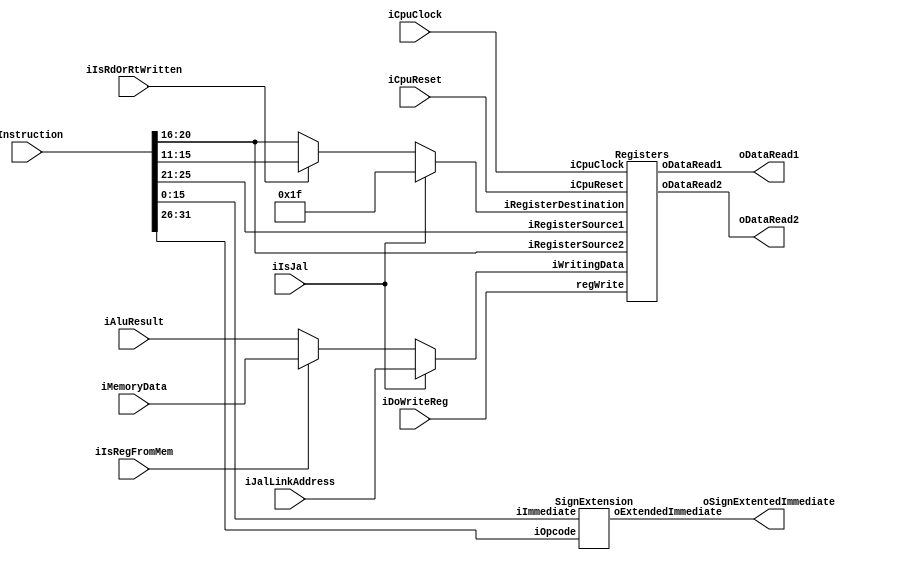
`timescale 1ns / 1ps
//////////////////////////////////////////////////////////////////////////////////
// Company: Southern University of Science and Technology 
// Engineer: 
// 
// Module Name: CPU_TOP
// Project Name: MIPS Single Cycle CPU
// Target Devices: Xilinx Board. Tested on MINISYS.
// Description: 
// 
//////////////////////////////////////////////////////////////////////////////////
module CpuDecoder(oDataRead1,oDataRead2,iInstruction,iMemoryData,iAluResult,
                 iIsJal,iDoWriteReg,iIsRegFromMem,iIsRdOrRtWritten,oSignExtentedImmediate,iCpuClock,iCpuReset,iJalLinkAddress);
    ////////////////  ////////////////
    output[31:0] oDataRead1;              // 
    output[31:0] oDataRead2;               // 
    input[31:0]  iInstruction;               // 
    input[31:0]  iMemoryData;   				//  DATA RAM or I/O port
    input[31:0]  iAluResult;   				// 
    input        iIsJal;                       //  JAL 
    input        iDoWriteReg;                  // , 
    input        iIsRegFromMem;              // 
    input        iIsRdOrRtWritten;                //rdrt
    output[31:0] oSignExtentedImmediate;               // 32
    input		 iCpuClock,iCpuReset;                // 
    input[31:0]  iJalLinkAddress;                 // JAL. PC plus 4
    ////////////////  ////////////////
    ////////////////  ////////////////
    wire [4:0] rs = iInstruction[25:21];
    wire [4:0] rt = iInstruction[20:16];
    wire [4:0] rd = iInstruction[15:11];
    wire [15:0] imm = iInstruction[15:0];
    ////////////////  ////////////////
    reg [4:0] dRegisterDestination; //
    reg [31:0] dWritingData; //
    always @(*) begin // 
        if (iIsJal) begin
            dRegisterDestination = 5'b11111; //31 ra
            dWritingData = iJalLinkAddress; // pc+4. ra
        end else begin
            dRegisterDestination = iIsRdOrRtWritten?rd:rt;
            dWritingData = iIsRegFromMem?iMemoryData:iAluResult;
        end
    end
    Registers dRegisters(iCpuClock, iCpuReset, rs, rt, 
    dRegisterDestination, dWritingData, 
    iDoWriteReg, oDataRead1, oDataRead2);
    ////////////////  ////////////////
    wire[5:0] opcode;                       // 
    assign opcode = iInstruction[31:26];	//OP
    SignExtension mSignExtension(opcode, imm, oSignExtentedImmediate);
endmodule

module SignExtension (
    input [5:0] iOpcode,
    input [15:0] iImmediate,
    output[31:0] oExtendedImmediate
);
    // assign oExtendedImmediate=iImmediate[15]?{16{1'b1}, iImmediate}:{16{1'b0}, iImmediate};
    //andi, ori xori  zeroExtensionI formatsignExtension
    // sltiu ALUsltiu
    //  32-ext(16) 
    // https://stackoverflow.com/questions/29284428/in-mips-when-to-use-a-signed-extend-when-to-use-a-zero-extend
    //  0013,4,5,6 
    // another question: LUI extensionALU
    // sign extension
    assign oExtendedImmediate=(6'b001100 == iOpcode || 6'b001101 == iOpcode ||
    6'b001110 == iOpcode|| 6'b001011==iOpcode)?{{16{1'b0}},iImmediate}:
    {{16{iImmediate[15]}}, iImmediate}; 
    //Veriloghttps://stackoverflow.com/questions/49539345/error-in-compilation-replication-operator-in-verilog
endmodule

module Registers(
    input iCpuClock,iCpuReset,               // 
    input [4:0] iRegisterSource1, //iRegisterSource1
    input [4:0] iRegisterSource2, //iRegisterSource2
    input [4:0] iRegisterDestination, //iRegisterDestination
    input [31:0] iWritingData, // the data being written to R[iRegisterDestination]. 
    input regWrite, //whether enable write
    output [31:0] oDataRead1, // R[iRegisterSource1], the data that is read.
    output [31:0] oDataRead2 // R[iRegisterSource2], the data that is read.
);
    reg[31:0] dRegisters [0:31];
    assign oDataRead1 = dRegisters[iRegisterSource1];
    assign oDataRead2 = dRegisters[iRegisterSource2];
    // write data when posedge, so that when cpu goes to reg, the data has been written.
    integer i;
    always @(posedge iCpuClock, posedge iCpuReset) begin
        if (iCpuReset) begin
            for (i=0; i<32; i=i+1) begin //for 
                dRegisters[i] <= 32'h00000000; // 0
            end
        end else begin
            if (regWrite && iRegisterDestination!=0) //$00
                dRegisters[iRegisterDestination] <= iWritingData;
        end
    end
endmodule //Registers